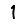
Digit: 1